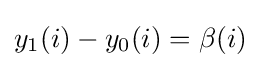
y_{1}(i)-y_{0}(i)=\beta (i)